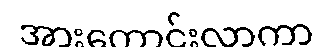
အားကောင်းလာကာ